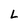
Character: L